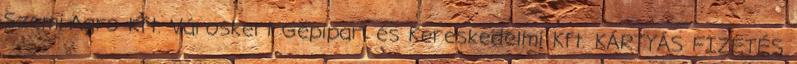
Szemi-Agro Kft. Városkert Gépipari és Kereskedelmi Kft. KÁRTYÁS FIZETÉS